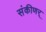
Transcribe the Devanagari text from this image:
संकीणर्